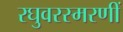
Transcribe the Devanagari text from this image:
रघुवरस्मरणीं